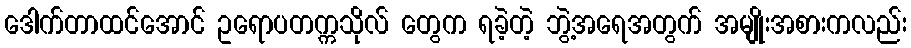
ဒေါက်တာထင်အောင် ဥရောပတက္ကသိုလ် တွေက ရခဲ့တဲ့ ဘွဲ့အရေအတွက် အမျိုးအစားကလည်း